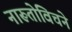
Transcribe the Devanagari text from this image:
नारूतोविचने